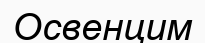
Освенцим